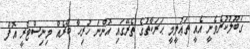
ގަބޫލުކުރެވެނީ އެއީ ތަޢުލީމީ ޙަރަކާތުގެ ތެރޭގައި އޮންނަ ހުރިހާ ބާރެއް މިނިސްޓްރީ އޮފް